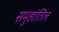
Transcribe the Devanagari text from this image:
समुहांतिल